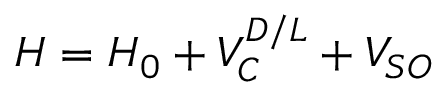
H = H _ { 0 } + V _ { C } ^ { D / L } + V _ { S O }